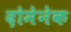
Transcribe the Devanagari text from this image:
दोमेनेक